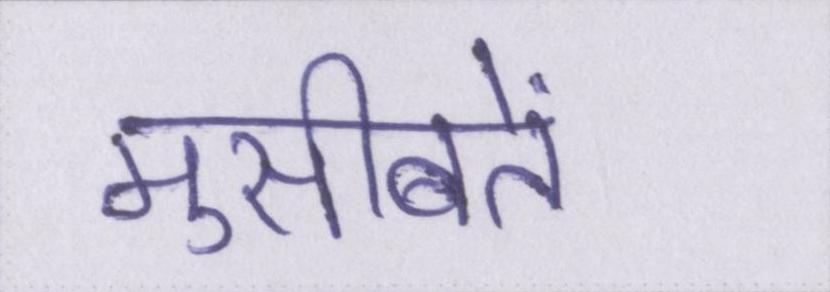
मुसीबतें